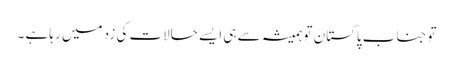
توجناب پاکستان تو ہمیشہ سے ہی ایسے حالات کی زد میں رہا ہے ۔